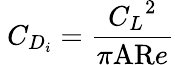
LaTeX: \ C_{D_{i}}={\frac{{C_{L}}^{2}}{\pi{\mathrm{AR}}e}}